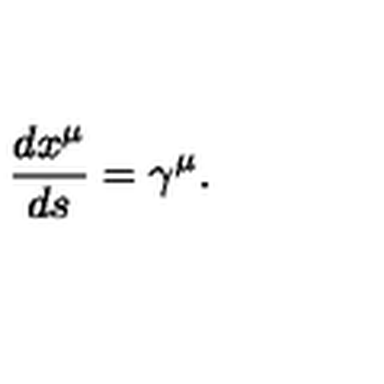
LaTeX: \frac { d x ^ { \mu } } { d s } = \gamma ^ { \mu } .